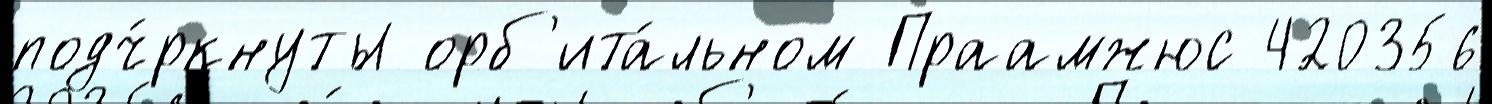
подч́ркнуты орб'ита́льном Праамжюс 420356